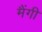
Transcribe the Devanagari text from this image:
मैंगी